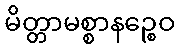
မိတ္တာမစ္စာနဉ္စေဝ